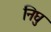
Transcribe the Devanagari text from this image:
निघु